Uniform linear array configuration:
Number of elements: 48
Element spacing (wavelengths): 0.5
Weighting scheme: kaiser
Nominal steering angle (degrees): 60
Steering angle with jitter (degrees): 61.736
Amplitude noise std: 0.05
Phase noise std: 0.05

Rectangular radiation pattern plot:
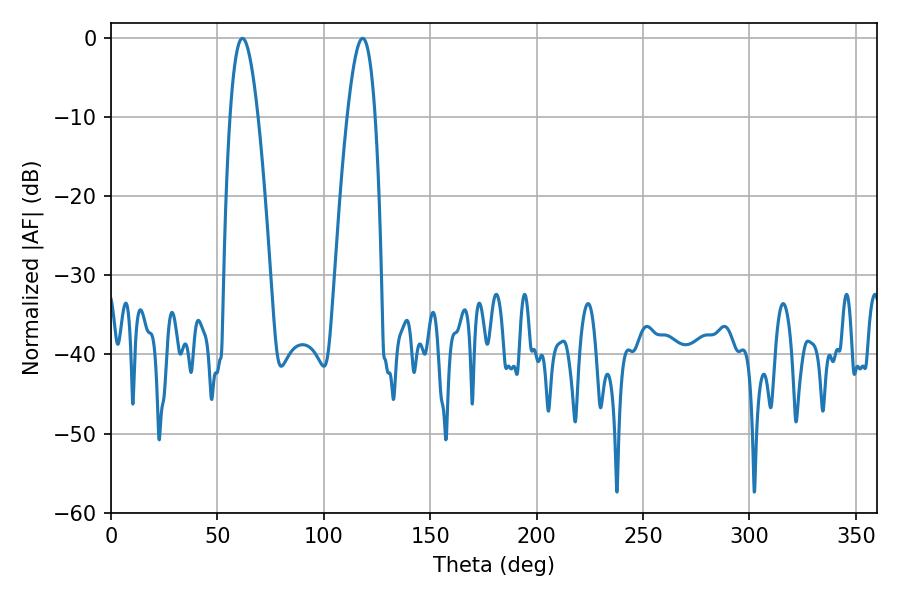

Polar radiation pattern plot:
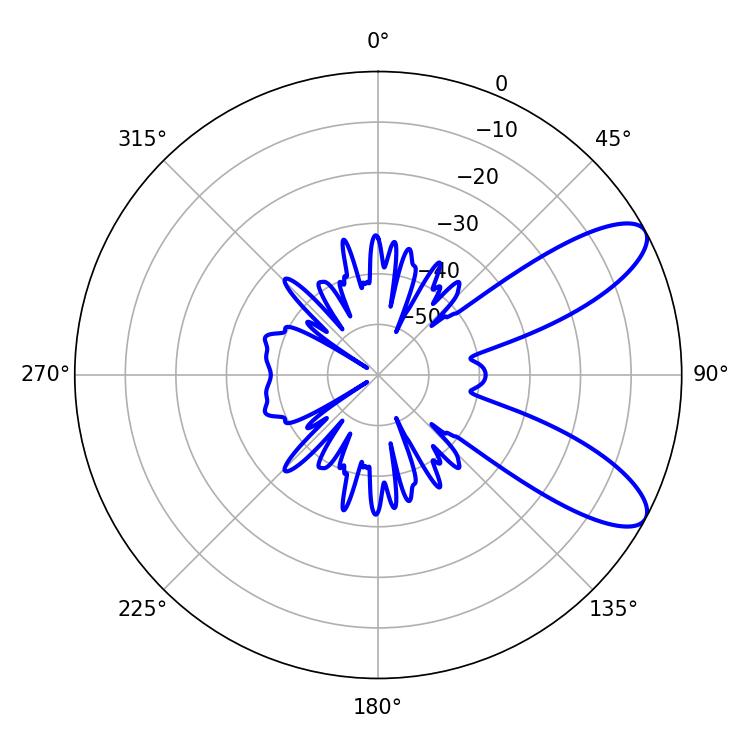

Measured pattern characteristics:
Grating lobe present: FALSE
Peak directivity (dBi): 9.215
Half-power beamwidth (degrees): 7.2
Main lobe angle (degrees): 61.74